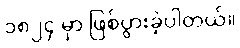
၁၈၂၄ မှာ ဖြစ်ပွားခဲ့ပါတယ်။